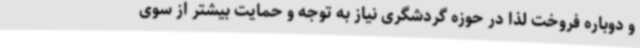
و دوباره فروخت لذا در حوزه گردشگری نیاز به توجه و حمایت بیشتر از سوی